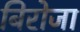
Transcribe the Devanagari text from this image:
बिरोजा